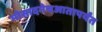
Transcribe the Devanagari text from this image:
मोसादनेचआतापर्यंत